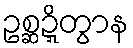
ဥစ္ဆဍ္ဍိတွာန